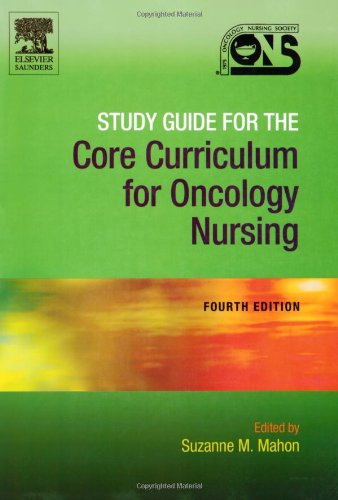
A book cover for Study Guide for the Core Curriculum for Oncology Nursing; Oncology Nursing Society; Medical Books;